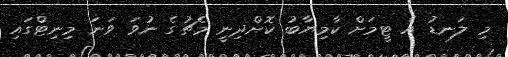
މި ލަނޑު އެ ޓީމަށް ކާމިޔާބު ކޮށްދިނީ މެޗުގެ ނުވަ ވަނަ މިނިޓްގައި